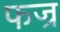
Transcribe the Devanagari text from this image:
फज्र